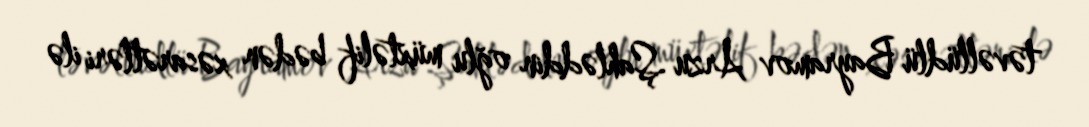
təvəllüdlü Bayramov Arzu Şahləddin oğlu müxtəlif bədən xəsarətləri ilə